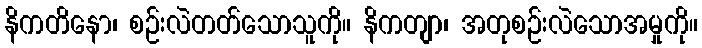
နိကတိနော၊ စဉ်းလဲတတ်သောသူကို။ နိကတျာ၊ အတုစဉ်းလဲသောအမှုကို။